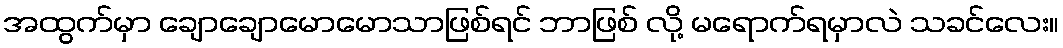
အထွက်မှာ ချောချောမောမောသာဖြစ်ရင် ဘာဖြစ် လို့ မရောက်ရမှာလဲ သခင်လေး။